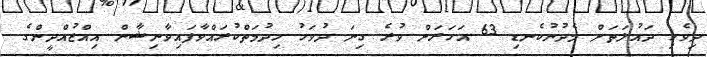
ދިވެހި ދައުލަތަށް މެދުނުކެނޑި 63 އަހަރަށް ވުރެ ގިނަ ދުވަހު ހިދުމަތްކުރައްވާފައިވާނިޝާން އިއްޒުއްދީންގެ